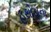
હથોડાના